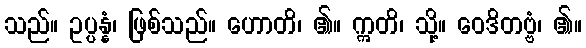
သည်။ ဥပ္ပန္နံ၊ ဖြစ်သည်။ ဟောတိ၊ ၏။ ဣတိ၊ သို့။ ဝေဒိတဗ္ဗံ၊ ၏။